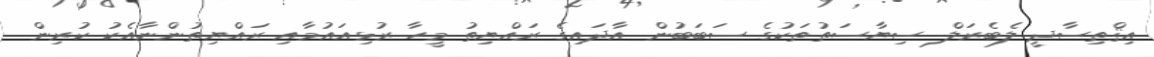
އިޤްތިސާދީ ލެބެރަލް ސިޔާސަތުތަކުގެ ސަބަބުން އާދައިގެ ރައްޔިތު މީހާ ރުޅިއައުމާއި ރައްޔިތުންނާއެކު ކުރިން